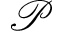
{ \mathcal P }